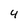
Character: 4